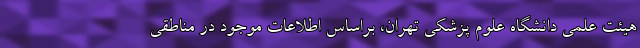
هیئت علمی دانشگاه علوم پزشکی تهران، براساس اطلاعات موجود در مناطقی